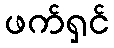
ဖက်ရှင်